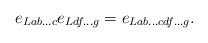
\begin{align*}e_{Lab...c}e_{Ldf...g} = e_{Lab...cdf...g}. \end{align*}